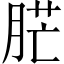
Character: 𦛿